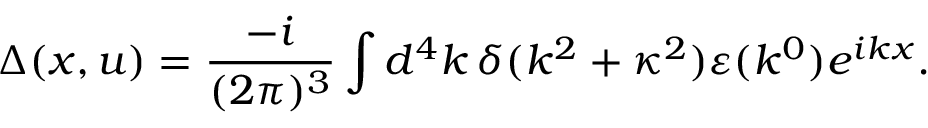
\Delta ( x , u ) = \frac { - i } { ( 2 \pi ) ^ { 3 } } \int d ^ { 4 } k \, \delta ( k ^ { 2 } + \kappa ^ { 2 } ) \varepsilon ( k ^ { 0 } ) e ^ { i k x } .